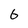
Character: 6